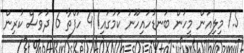
1.5 މިލިއަން މީހުން ބަނޑުހައިހޫނު ކަމުގައި! 4 ހަފްތާ 6 ދުވަސް ކުރިން